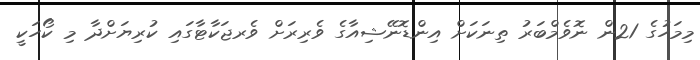
މިމަހުގެ 21ން ނޮވެމްބަރު ތިނަކަށް އިންޑޮނޭޝިއާގެ ވެރިރަށް ވެރޖަކާޓާގައި ކުރިޔަށްދާ މި ކޯހަކީ